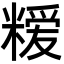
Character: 𮇳